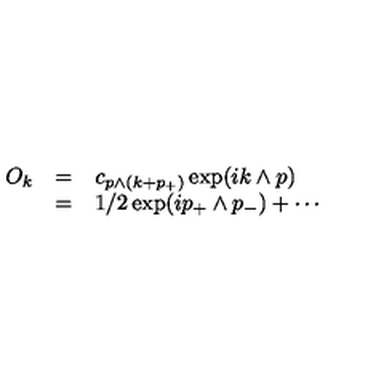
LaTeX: \begin{array} { r c l } { O _ { k } } & { = } & { \displaystyle c _ { p \wedge ( k + p _ { + } ) } \exp ( i k \wedge p ) } \\ { } & { = } & { \displaystyle 1 / 2 \exp ( i p _ { + } \wedge p _ { - } ) + \cdots } \\ \end{array}